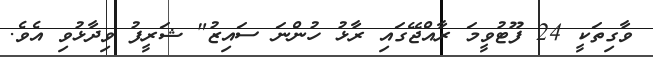
ވާގިތަކީ 24 ފޫޓުވީމަ ރާއްޖޭގައި ރާޅު ހުންނަ ސައިޒު" ޝަރީފު ވިދާޅުވި އެވެ.